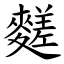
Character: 䴾